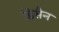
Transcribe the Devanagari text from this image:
डिसैन